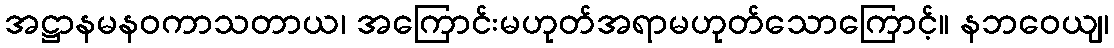
အဋ္ဌာနမနဝကာသတာယ၊ အကြောင်းမဟုတ်အရာမဟုတ်သောကြောင့်။ နဘဝေယျ၊